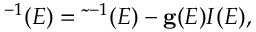
{ \bf \tau } ^ { - 1 } ( E ) = \tilde { \bf \tau } ^ { - 1 } ( E ) - { \bf g } ( E ) I ( E ) ,